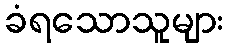
ခံရသောသူများ